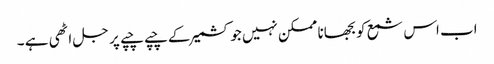
اب اس شمع کو بجھانا ممکن نہیں جو کشمیر کے چپے چپے پر جل اٹھی ہے ۔